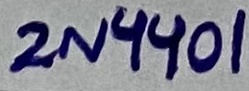
Text: 2N4401